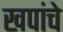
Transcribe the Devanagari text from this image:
खपांचे